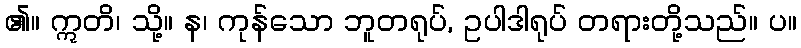
၏။ ဣတိ၊ သို့။ န၊ ကုန်သော ဘူတရုပ်, ဥပါဒါရုပ် တရားတို့သည်။ ပ။